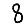
Digit: 8